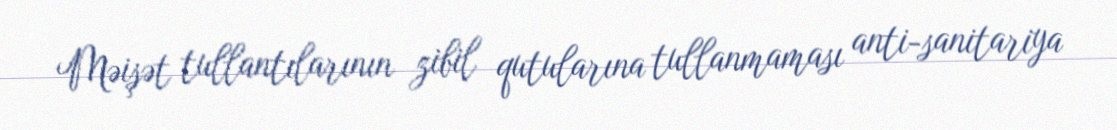
Məişət tullantılarının zibil qutularına tullanmaması anti-sanitariya